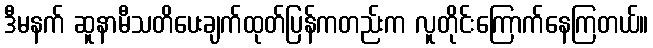
ဒီမနက် ဆူနာမီသတိပေးချက်ထုတ်ပြန်ကတည်းက လူတိုင်းကြောက်နေကြတယ်။